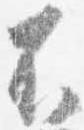
不